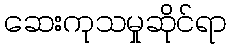
ဆေးကုသမှုဆိုင်ရာ